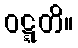
ဝဋ္ဋတိ။